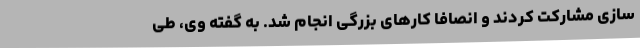
سازی مشارکت کردند و انصافاً کارهای بزرگی انجام شد. به گفته وی، طی